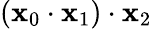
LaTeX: (\mathbf{x}_{0}\cdot\mathbf{x}_{1})\cdot\mathbf{x}_{2}